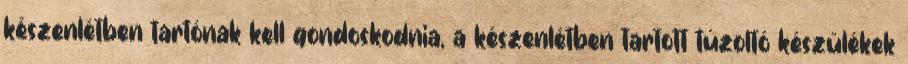
készenlétben tartónak kell gondoskodnia, a készenlétben tartott tûzoltó készülékek